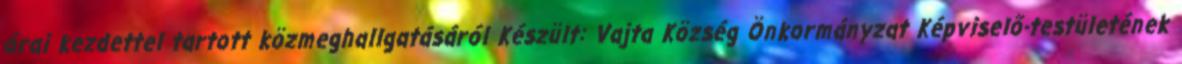
órai kezdettel tartott közmeghallgatásáról Készült: Vajta Község Önkormányzat Képviselő-testületének